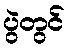
ပွဲတွင်